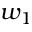
w _ { 1 }